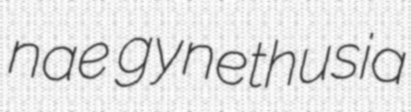
nae gynethusia